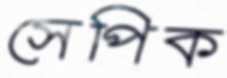
সেপিক